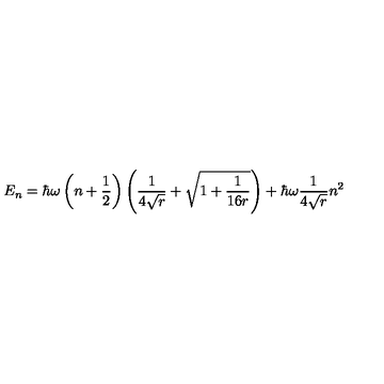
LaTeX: E _ { n } = \hbar \omega \left( n + \frac { 1 } { 2 } \right) \left( \frac { 1 } { 4 \sqrt { r } } + \sqrt { 1 + \frac { 1 } { 1 6 r } } \right) + \hbar \omega \frac { 1 } { 4 \sqrt { r } } n ^ { 2 }